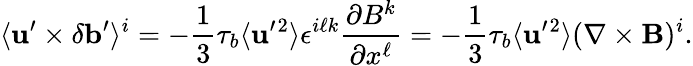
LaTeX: \langle{{\mathbf{u}}^{\prime}\times\delta{\mathbf{b}}^{\prime}}\rangle^{i}=-\frac{1}{3}\tau_{b}\langle{{\mathbf{u}}^{\prime}{}^{2}}\rangle\epsilon^{i\ell k}\frac{\partial B^{k}}{\partial x^{\ell}}=-\frac{1}{3}\tau_{b}\langle{{\mathbf{u}}^{\prime}{}^{2}}\rangle(\nabla\times{\mathbf{B}})^{i}.